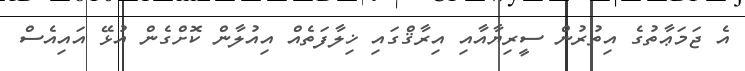
އެ ޖަމަޢާތުގެ އިތުރުން ސީރިޔާއާއި އިރާޤްގައި ޚިލާފަތެއް އިއުލާން ކޮށްގެން އުޅޭ އައިއެސް